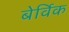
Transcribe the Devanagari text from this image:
बेर्विक